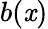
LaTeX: b(\mathit{x})